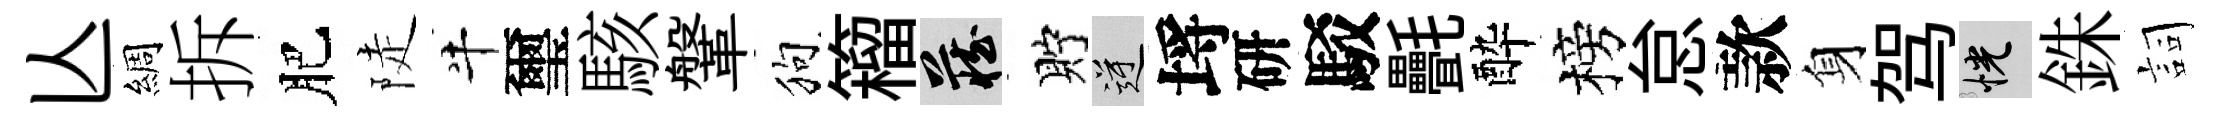
亾綢拆肥陡牛璽駭鞶狗籕藏貯逆埓研駁㲲酔榜怠款身驾恍銖詞